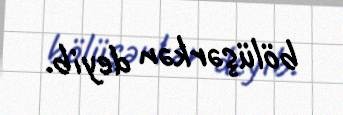
bölüşərkən deyib.